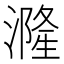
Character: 漋